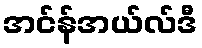
အင်န်အယ်လ်ဒီ